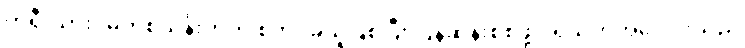
ကိုရီးယားဝမ်တစ်သန်းတိတိ စတင်ခဲ့သူဖြစ်ပြီး ပြန်ဆန်းစစ်ဖို့ ပရိသတ်အပေါင်းသည်